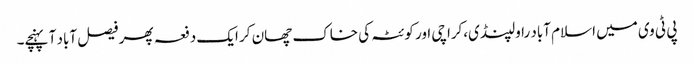
پی ٹی وی میں اسلام آباد راولپنڈی،کراچی اور کوئٹہ کی خاک چھان کر ایک دفعہ پھر فیصل آباد آ پہنچے۔